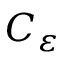
C _ { \varepsilon }